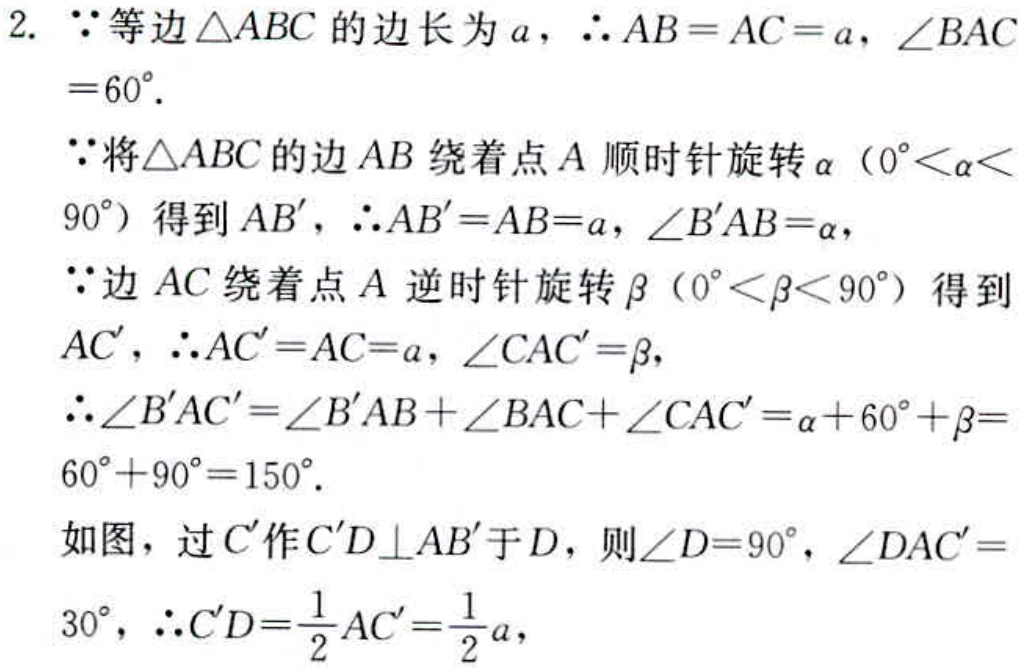
2.  \(\because\)等边\(\triangle ABC\)的边长为\(a\)，\(\therefore AB = AC = a\)，\(\angle BAC = 60^{\circ}\).
\(\because\)将\(\triangle ABC\)的边\(AB\)绕着点\(A\)顺时针旋转\(\alpha\)（\(0^{\circ}<\alpha< 90^{\circ}\)）得到\(AB'\)，\(\therefore AB' = AB = a\)，\(\angle B'AB=\alpha\)，
\(\because\)边\(AC\)绕着点\(A\)逆时针旋转\(\beta\)（\(0^{\circ}<\beta< 90^{\circ}\)）得到\(AC'\)，\(\therefore AC' = AC = a\)，\(\angle CAC'=\beta\)，
\(\therefore\angle B'AC'=\angle B'AB+\angle BAC+\angle CAC'=\alpha + 60^{\circ}+\beta = 60^{\circ}+90^{\circ}=150^{\circ}\).
如图，过\(C'\)作\(C'D\perp AB'\)于\(D\)，则\(\angle D = 90^{\circ}\)，\(\angle DAC' = 30^{\circ}\)，\(\therefore C'D=\frac{1}{2}AC'=\frac{1}{2}a\)，